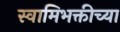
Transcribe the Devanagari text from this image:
स्वामिभक्तीच्या